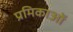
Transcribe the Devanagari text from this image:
प्रमिकाओं